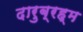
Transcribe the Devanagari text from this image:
दारुब्रह्म